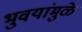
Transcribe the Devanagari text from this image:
भुवयांमुळे